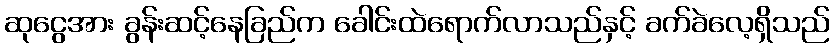
ဆုငွေအား ခွန်းဆင့်နေခြည်က ခေါင်းထဲရောက်လာသည်နှင့် ခက်ခဲလေ့ရှိသည်